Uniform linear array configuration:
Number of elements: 48
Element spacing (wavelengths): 0.5
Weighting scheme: blackman
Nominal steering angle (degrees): -15
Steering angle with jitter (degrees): -16.692
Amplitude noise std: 0.05
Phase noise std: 0.05

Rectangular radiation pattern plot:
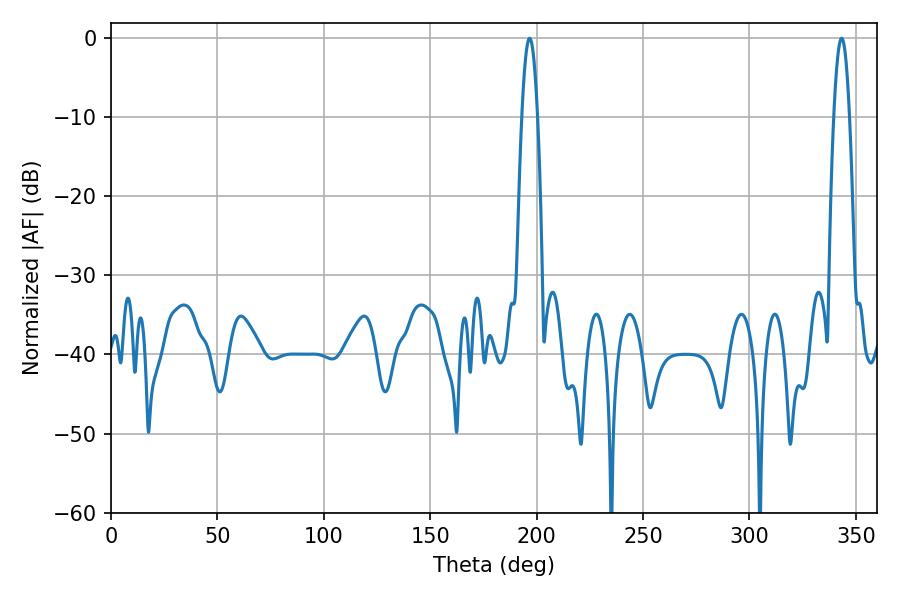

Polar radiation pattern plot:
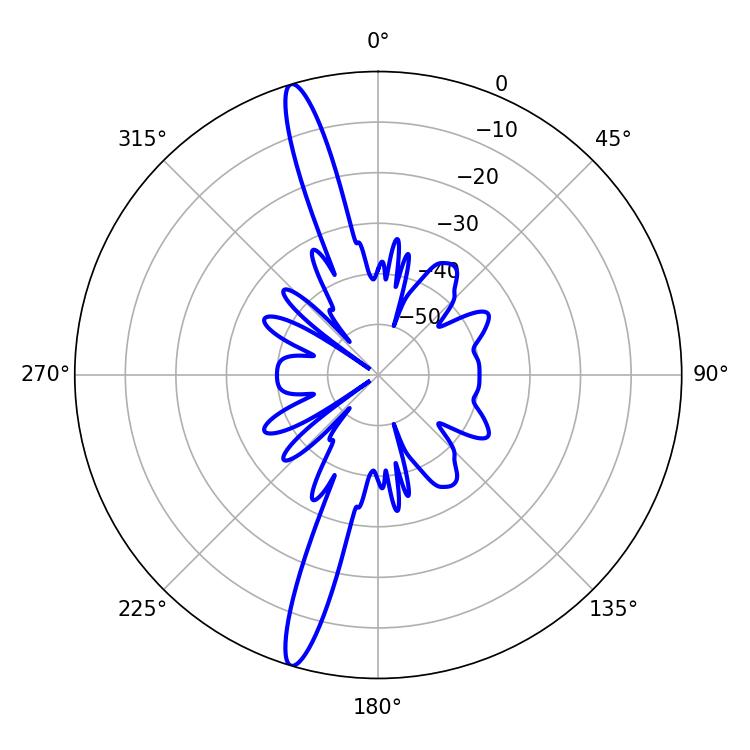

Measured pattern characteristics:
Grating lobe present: FALSE
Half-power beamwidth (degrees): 3.96
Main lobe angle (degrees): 196.74